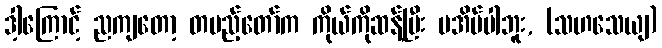
ဒါ့ကြောင့် ညကျတော့ တပည့်တော်က ကိုယ်ကိုဆန့်ပြီး မအိပ်ပါဘူး, (သဟသေယျ)